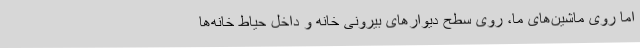
اما روی ماشین‌های ما، روی سطح دیوارهای بیرونی خانه و داخل حیاط خانه‌ها